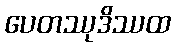
ပေတဿုဒိဿထ